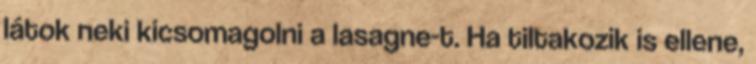
látok neki kicsomagolni a lasagne-t. Ha tiltakozik is ellene,